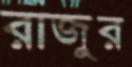
রাজুর